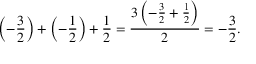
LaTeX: \left( - { \frac { 3 } { 2 } } \right) + \left( - { \frac { 1 } { 2 } } \right) + { \frac { 1 } { 2 } } = { \frac { 3 \left( - { \frac { 3 } { 2 } } + { \frac { 1 } { 2 } } \right) } { 2 } } = - { \frac { 3 } { 2 } } .